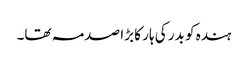
ہندہ کو بدر کی ہار کا بڑا صدمہ تھا۔